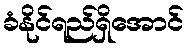
ခံနိုင်ရည်ရှိအောင်